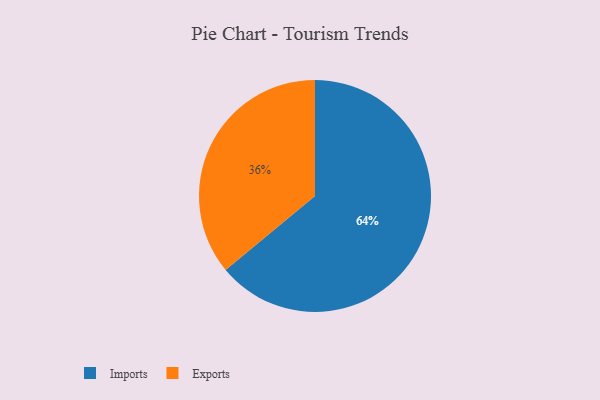
{"axis": {"x": "Category", "y": "Percentage"}, "legend": ["Exports", "Imports"], "data": [{"x": "Exports", "y": 36, "type": "Exports"}, {"x": "Imports", "y": 64, "type": "Imports"}]}